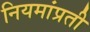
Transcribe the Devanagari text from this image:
नियमांप्रती